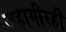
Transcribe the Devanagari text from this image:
जहागीरही